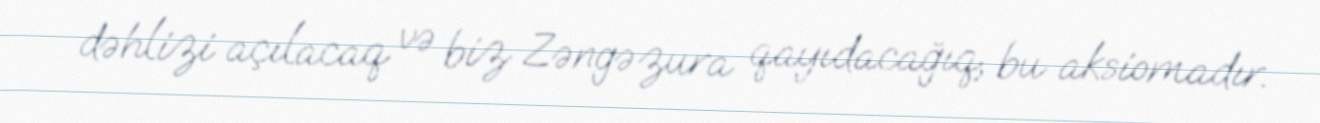
dəhlizi açılacaq və biz Zəngəzura qayıdacağıq, bu aksiomadır.